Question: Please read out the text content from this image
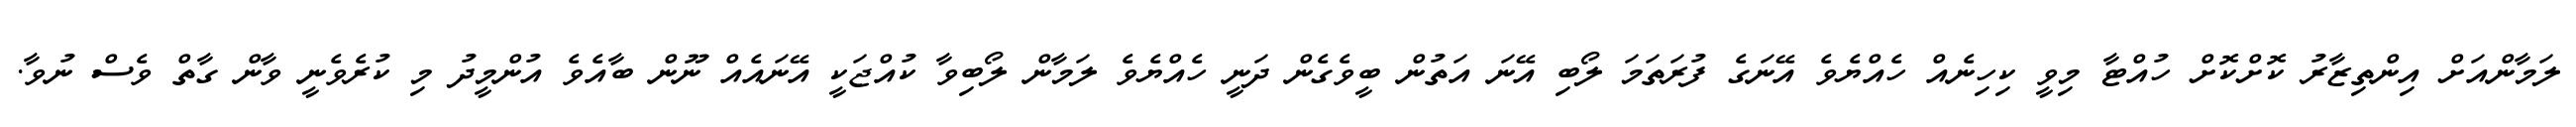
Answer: ލަމާންއަށް އިންތިޒާރު ކޮށްކޮށް ހުއްޓާ މިވީ ކިހިނެއް ހެއްޔެވެ އޭނަގެ ފުރަތަމަ ލޯބި އޭނަ އަތުން ބީވެގެން ދަނީ ހެއްޔެވެ ލަމާން ލޯބިވާ ކުއްޖަކީ އޭނައެއް ނޫން ބާއެވެ އުންމީދު މި ކުރެވެނީ ވާން ގާތް ވެސް ނުވާ.